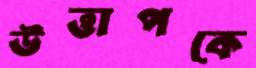
উত্তাপকে